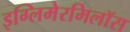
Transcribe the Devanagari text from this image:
इग्लिमेरमिलॉस